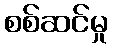
စစ်ဆင်မှု